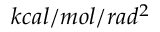
k c a l / m o l / r a d ^ { 2 }